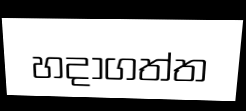
හදාගත්ත